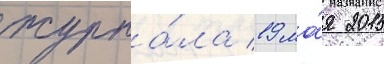
журна́ла 19 ма́я 2015